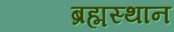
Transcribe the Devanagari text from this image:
ब्रह्मस्थान